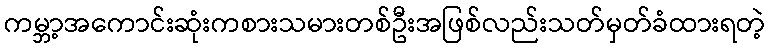
ကမ္ဘာ့အကောင်းဆုံးကစားသမားတစ်ဦးအဖြစ်လည်းသတ်မှတ်ခံထားရတဲ့